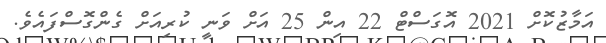
އަމާޒުކޮށް 2021 އޮގަސްްޓް 22 އިން 25 އަށް ވަނީ ކުރިއަށް ގެންގޮސްފައެވެ.